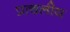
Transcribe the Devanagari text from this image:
प्राचलीय